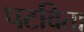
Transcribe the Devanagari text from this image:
पटविता